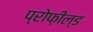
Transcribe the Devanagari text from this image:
प्रोफ़ील्ड